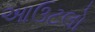
આઉટલો